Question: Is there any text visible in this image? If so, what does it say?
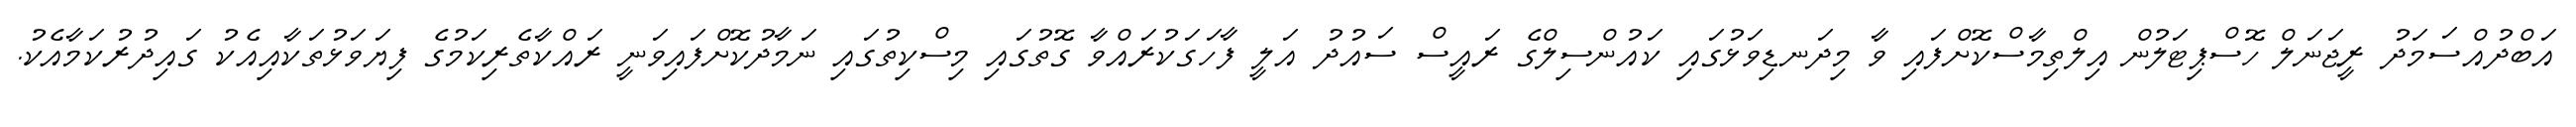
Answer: އަބްދުއްސަމަދު ރީޖަނަލް ހޮސްޕިޓަލުން އިލްތިމާސްކޮށްފައި ވާ މިދަނޑިވަޅުގައި ކައުންސިލްގެ ރައީސް ސައުދު އަލީ ފާހަގަކުރައްވާ ގޮތުގައި މިސްކިތުގައި ނަމާދުކޮށްފައިވަނީ ރައްކާތެރިކަމުގެ ފިޔަވަޅުތަކާއިއެކު ގައިދުރުކަމާއެކު.